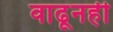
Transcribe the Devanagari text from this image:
वाढूनही